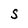
Character: S